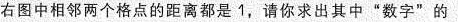
右图中相邻两个格点的距离都是1，请你求出其中”数字”的